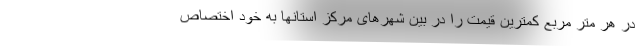
در هر متر مربع کمترین قیمت را در بین شهرهای مرکز استانها به خود اختصاص